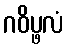
ဂဝိပ္ဖလံ